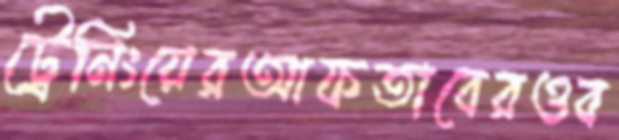
ট্রেনিংয়েরআফতাবেরওব